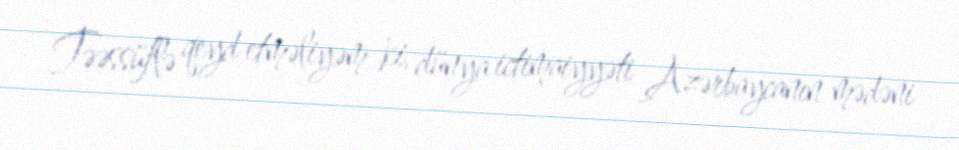
- Təəssüflə qeyd etməliyəm ki, dünya ictimaiyyəti Azərbaycanın mədəni